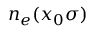
n _ { e } ( x _ { 0 } \sigma )